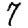
Digit: 7